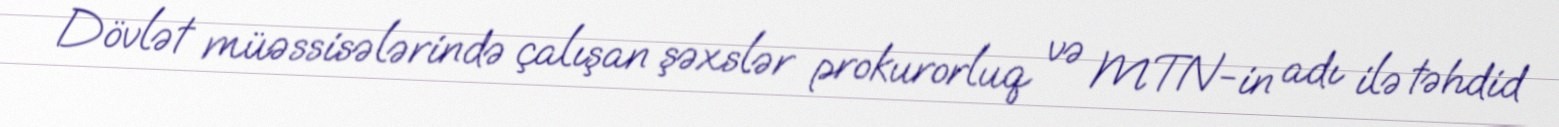
Dövlət müəssisələrində çalışan şəxslər prokurorluq və MTN-in adı ilə təhdid